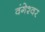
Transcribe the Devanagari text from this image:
वंगेश्‍वर